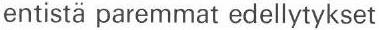
entistä paremmat edellytykset